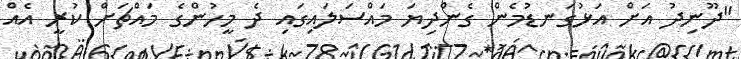
"ދޫނިދު އަށް އަޅުގަނޑުމެން ގެންދިޔަ މައްސަލައިގައި ދެ މީހުންގެ މައްޗަށް ކުރީ އެއް